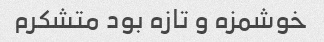
خوشمزه و تازه بود ‌متشکرم